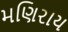
મણિરાય